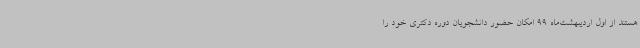
هستند از اول اردیبهشت‌ماه 99 امکان حضور دانشجویان دوره دکتری خود را